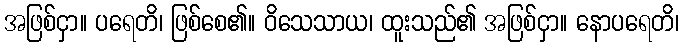
အဖြစ်ငှာ။ ပရေတိ၊ ဖြစ်စေ၏။ ဝိသေသာယ၊ ထူးသည်၏ အဖြစ်ငှာ။ နောပရေတိ၊